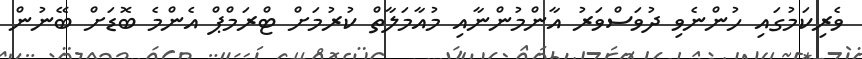
ވެރިކަމުގައި ހުންނެވި ދުވަސްވަރު އާންމުންނާއި މުއާމަލާތް ކުރުމަށް ޓްރަމްޕް އެންމެ ބޮޑަށް ބޭނުން